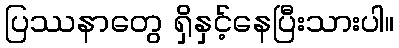
ပြဿနာတွေ ရှိနှင့်နေပြီးသားပါ။